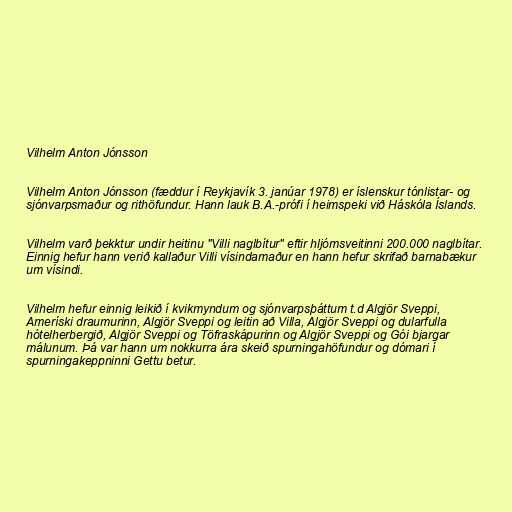
Vilhelm Anton Jónsson

Vilhelm Anton Jónsson (fæddur í Reykjavík 3. janúar 1978) er íslenskur tónlistar- og
sjónvarpsmaður og rithöfundur. Hann lauk B.A.-prófi í heimspeki við Háskóla Íslands.

Vilhelm varð þekktur undir heitinu "Villi naglbítur" eftir hljómsveitinni 200.000 naglbítar.
Einnig hefur hann verið kallaður Villi vísindamaður en hann hefur skrifað barnabækur
um vísindi.

Vilhelm hefur einnig leikið í kvikmyndum og sjónvarpsþáttum t.d Algjör Sveppi,
Ameríski draumurinn, Algjör Sveppi og leitin að Villa, Algjör Sveppi og dularfulla
hótelherbergið, Algjör Sveppi og Töfraskápurinn og Algjör Sveppi og Gói bjargar
málunum. Þá var hann um nokkurra ára skeið spurningahöfundur og dómari í
spurningakeppninni Gettu betur.